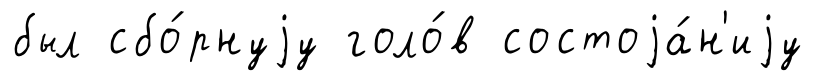
был сбо́рнуjу голо́в состоjа́н'иjу